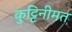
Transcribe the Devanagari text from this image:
कुट्टिनीमत